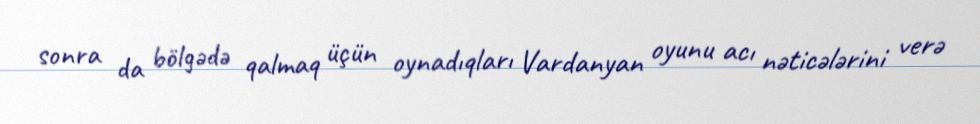
sonra da bölgədə qalmaq üçün oynadıqları Vardanyan oyunu acı nəticələrini verə